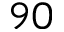
9 0